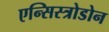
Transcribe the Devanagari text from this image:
एन्सिस्त्रोडोन